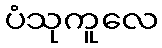
ပံသုကူလေ